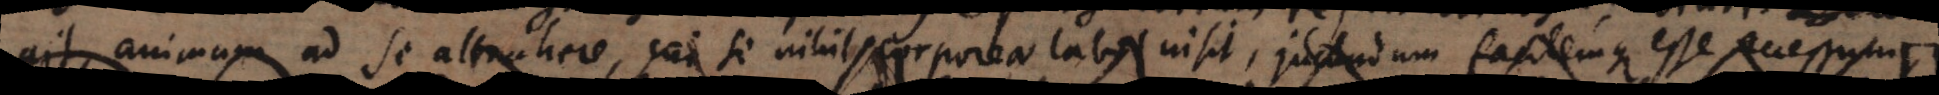
ait, animam ad se attrahere, cui si nihil corporea labis insit, jucundum facilemque esse accessum